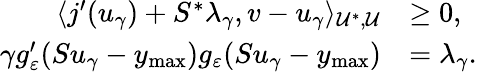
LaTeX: \begin{array}{rl}{\langle j^{\prime}(u_{\gamma})+S^{*}\lambda_{\gamma},v-u_{\gamma}\rangle_{\mathcal{U}^{*},\mathcal{U}}}&{\ge 0,}\\ {\gamma g_{\varepsilon}^{\prime}(Su_{\gamma}-y_{\operatorname*{max}})g_{\varepsilon}(Su_{\gamma}-y_{\operatorname*{max}})}&{=\lambda_{\gamma}.}\end{array}